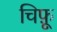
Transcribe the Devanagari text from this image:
चिफ़ू